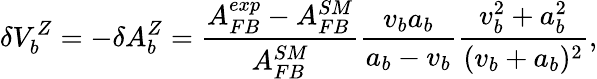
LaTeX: \delta V_{b}^{Z}=-\delta A_{b}^{Z}=\frac{A_{FB}^{exp}-A_{FB}^{SM}}{A_{FB}^{SM}}\frac{v_{b}a_{b}}{a_{b}-v_{b}}\frac{v_{b}^{2}+a_{b}^{2}}{(v_{b}+a_{b})^{2}},